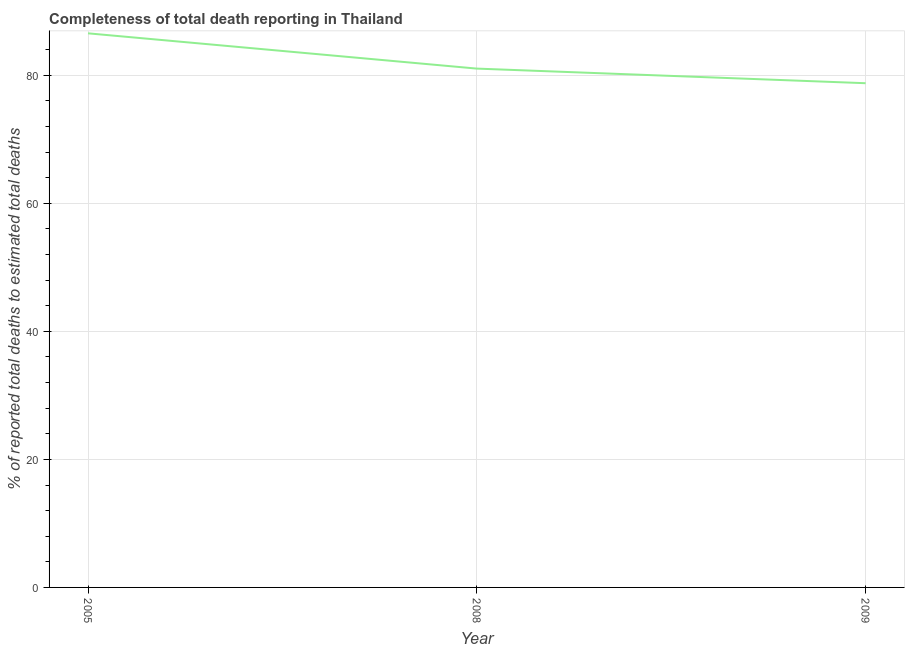
| Year | Completeness of total death reporting  |
 | --- | --- |
 | 2005 | 86.6 |
 | 2008 | 81 |
 | 2009 | 78.8 |